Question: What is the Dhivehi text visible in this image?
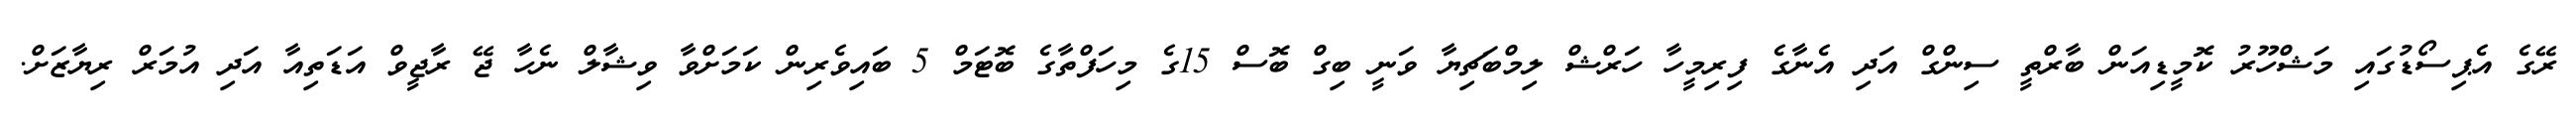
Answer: ރޭގެ އެޕިސޯޑުގައި މަޝްހޫރު ކޮމީޑިއަން ބާރްތީ ސިންގް އަދި އެނާގެ ފިރިމީހާ ހަރްޝް ލިމްބަޗިޔާ ވަނީ ބިގް ބޮސް 15ގެ މިހަފްތާގެ ބޮޓަމް 5 ބައިވެރިން ކަމަށްވާ ވިޝާލް ނެހާ ޖޭ ރާޖީވް އަޑަތިއާ އަދި އުމަރް ރިޔާޒަށް.